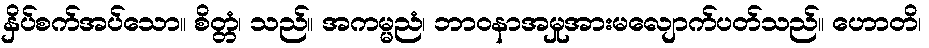
နှိပ်စက်အပ်သော။ စိတ္တံ၊ သည်။ အကမ္မညံ၊ ဘာဝနာအမှုအားမလျောက်ပတ်သည်။ ဟောတိ၊